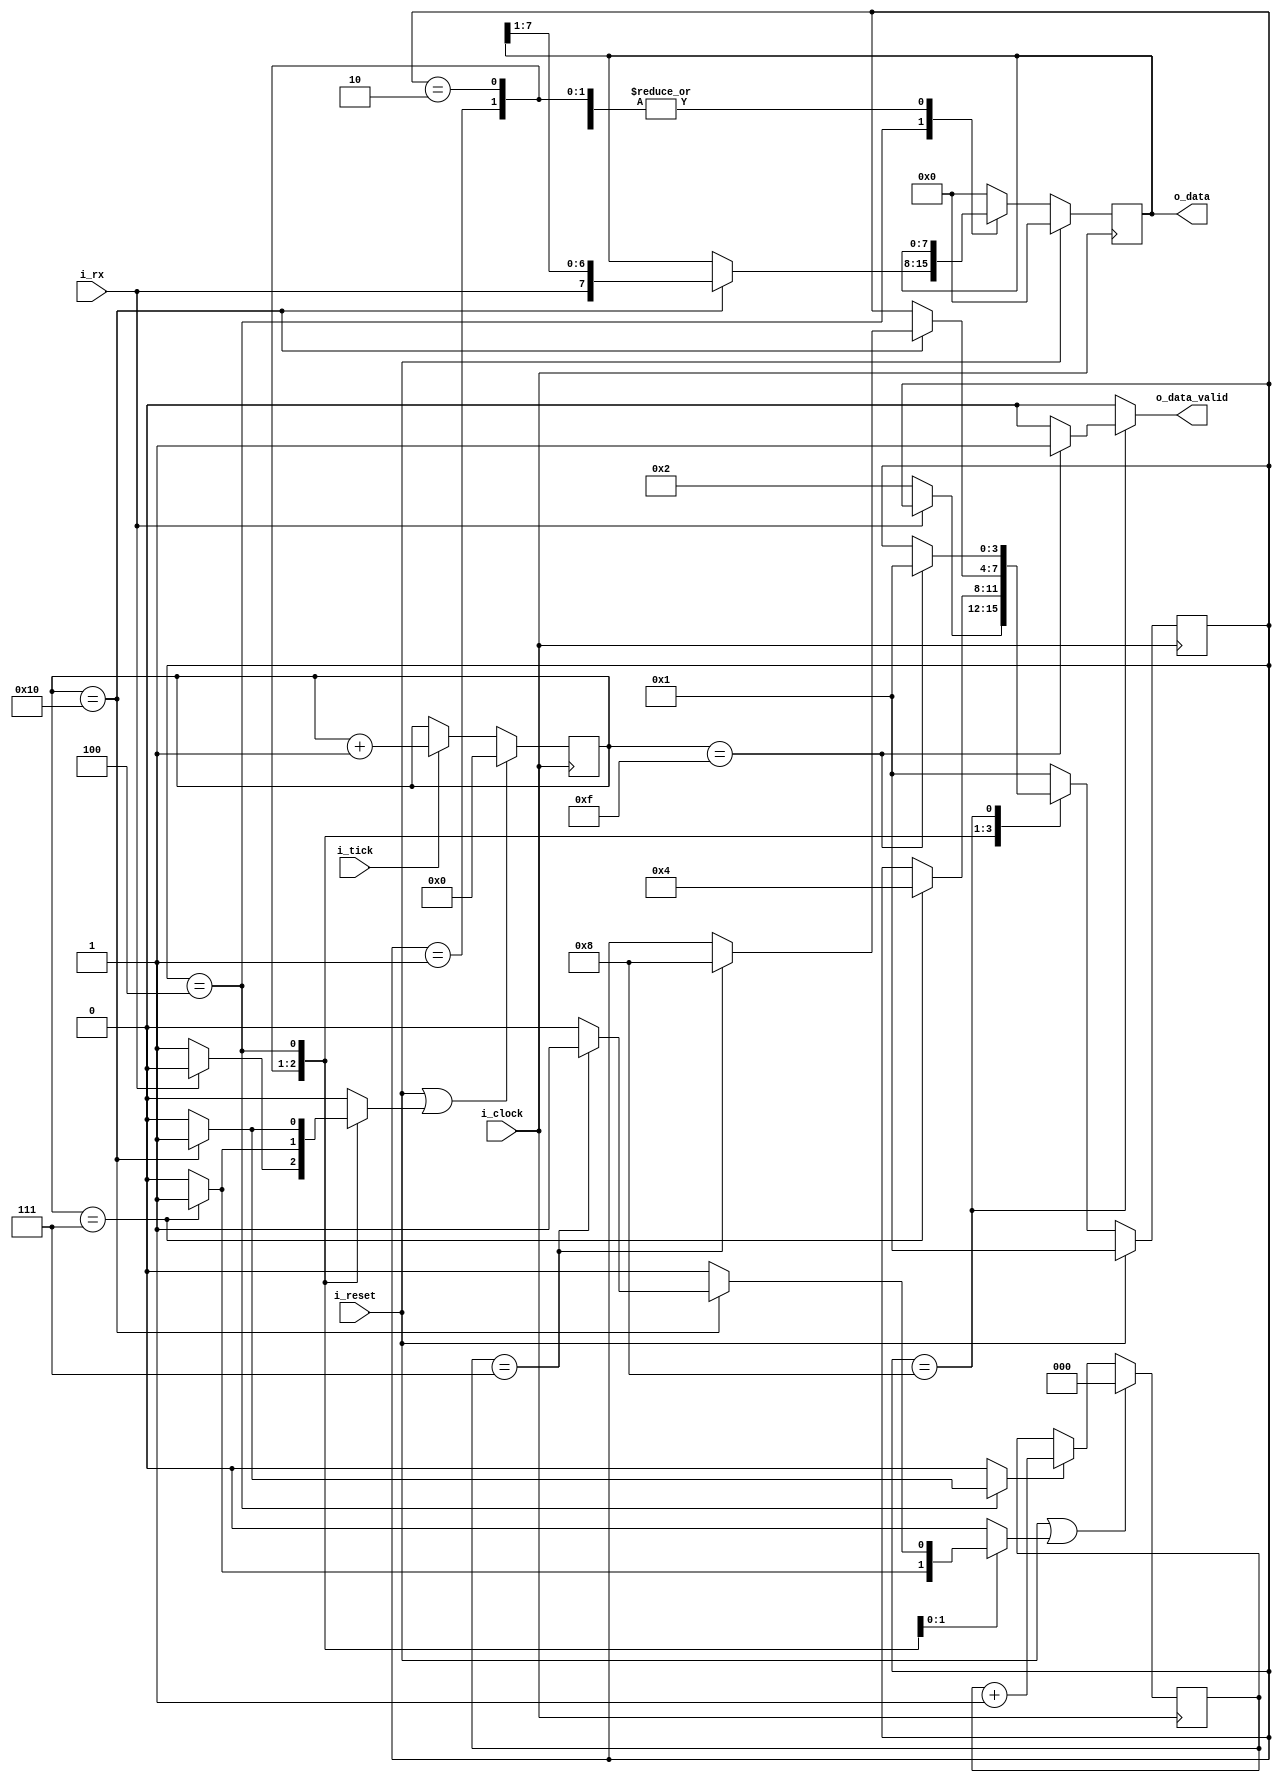
`timescale 1ns/100ps

module uart_rx
#(
    parameter                               NB_DATA             = 8,
    parameter                               NB_STOP             = 1,
    parameter                               BAUD_RATE           = 9600,
    parameter                               SYS_CLOCK           = 100*(10**6),
    parameter                               TICK_RATE           = SYS_CLOCK / (BAUD_RATE*16),
    parameter                               NB_TICK_COUNTER     = $clog2(TICK_RATE),
    parameter                               NB_DATA_COUNTER     = $clog2(NB_DATA)                  
)
(
    input wire                              i_clock,
    input wire                              i_reset,
    input wire                              i_tick,
    input wire                              i_rx,
    
    output reg                              o_data_valid,
    output wire     [NB_DATA-1 : 0]         o_data
);

    localparam                              N_STATES            = 4;
    localparam                              N_TICKS             = 16;
    localparam                              N_STOP_TICKS        = NB_STOP*N_TICKS;
    localparam                              NB_MIDDLE_START_BIT = 7;
    localparam                              NB_MIDDLE_DATA_BIT  = 16;
    //states
    localparam      [N_STATES-1 : 0]        IDLE                = 4'b0001;
    localparam      [N_STATES-1 : 0]        START               = 4'b0010;
    localparam      [N_STATES-1 : 0]        RECV                = 4'b0100;
    localparam      [N_STATES-1 : 0]        STOP                = 4'b1000;

    reg             [N_STATES-1 : 0]        state;
    reg             [N_STATES-1 : 0]        state_next;

    reg                                     reset_tick_counter;
    reg             [NB_TICK_COUNTER-1 : 0] tick_counter;


    reg                                     reset_data_counter;
    reg                                     inc_data_counter;
    reg             [NB_DATA-1 : 0]         data;
    reg             [NB_DATA-1 : 0]         data_next;
    reg             [NB_DATA_COUNTER-1 : 0] data_bit_counter;
  

    assign                                  o_data              = data;

    always @(posedge i_clock)
    begin
        if(i_reset)
        begin
            state               <= IDLE;
            data                <= {NB_DATA{1'b0}};
        end
        else
        begin
            state               <= state_next;
            data                <= data_next;
        end
    end

    always @ (posedge i_clock)
    begin
        if (i_reset || reset_tick_counter)
            tick_counter <= {NB_TICK_COUNTER{1'b0}};
        else if (i_tick)
            tick_counter <= tick_counter + 1;
    end

    always @ (posedge i_clock)
    begin
        if (i_reset || reset_data_counter)
            data_bit_counter <= {NB_DATA_COUNTER{1'b0}};
        else if(inc_data_counter)
            data_bit_counter <= data_bit_counter + 1;
    end

    always @(*)
    begin

        state_next                                  = state;
        data_next                                   = data;
        reset_tick_counter                          = 1'b0;
        reset_data_counter                          = 1'b0;
        inc_data_counter                            = 1'b0;
        o_data_valid                                = 1'b0;

        case (state)

            IDLE:
            begin

                if(~i_rx)
                begin
                    state_next                      = START;
                    reset_tick_counter              = 1'b1;
                end
            end

            START:
            begin
                if(tick_counter == NB_MIDDLE_START_BIT)
                begin
                    state_next                  = RECV;
                    reset_tick_counter          = 1'b1;
                    reset_data_counter          = 1'b1;
                end         
            end

            RECV:
            begin
                if(tick_counter == NB_MIDDLE_DATA_BIT)
                begin
                    data_next                   = {i_rx, data[NB_DATA-1 : 1]};
                    reset_tick_counter          = 1'b1;
                    inc_data_counter            = 1'b1;

                    if(data_bit_counter == NB_DATA-1)
                    begin
                        state_next              = STOP;
                        reset_data_counter      = 1'b1;

                    end
                end
            end

            STOP:
            begin
                if(tick_counter == N_STOP_TICKS-1)
                begin
                    state_next                  = IDLE;
                    o_data_valid                = 1'b1;
                end
            end

            default:
            begin
                state_next                          = IDLE;
                data_next                           = {NB_DATA{1'b0}};
            end
        endcase
    end
    
    endmodule